Vaccination in Bombay 1856-1862 - 1856-1862
Year: 1856
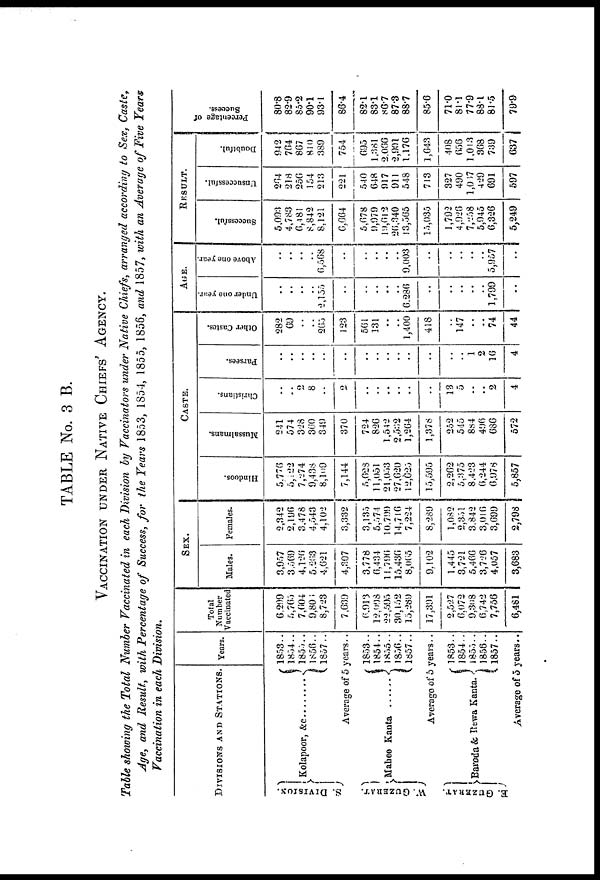
TABLE No. 3 B.
VACCINATION UNDER NATIVE CHIEFS' AGENCY.
Table showing the Total Number Vaccinated in each Division by Vaccinators under Native Chiefs, arranged according to Sex, Caste,
Age, and Result, with Percentage of Success, for the Years 1853, 1854, 1855, 1856, and 1857, with an Average of Five Years
Vaccination in each Division.
DIVISIONS AND STATIONS.
S. DIVISION.
W. GUZERAT.
E. GUZERAT.
Kolapoor,&c........
Years.
1853..
1854..
1855...
1856..
1857..
Average of 5 years..
Mahee kanta ......
1853..
1854..
1855..
1856..
1857..
Average of 5 years..
Baroda & Rewa Kanta.
1853..
1854..
1855..
1856..
1857..
Average of 5 years..
Total
Number
Vaccinated
6,299
5,765
7,604
9,806
8,723
7,639
6,913
12,008
22,595
30,152
15,289
17,391
2,527
6,072
9,308
6,742
7,756
6,481
SEX.
Males.
3,957
3,509
4,126
5,263
4,621
4,307
3,778
6,434
11,796
15,436
8,065
9,102
1,445
3,721
5,466
3,726
4,057
3,683
Female.
2,342
2,196
3,478
4,543
4,102
3,332
3,135
5,574
10,799
14,716
7,224
8,289
1,082
2,351
3,842
3,016
3,699
2,798
CASTE.
Hindoos.
5,776
5,122
7,274
9,438
8,109
7,144
5,628
11,051
21,053
27,620
12,625
15,595
2,262
5,375
8,423
6,244
6,978
5,857
Mussalmans.
241
574
328
360
349
370
724
826
1,542
2,532
1,264
1,378
252
545
884
496
686
572
Christians.
..
..
2
8
..
2
..
..
..
..
..
..
13
5
..
..
2
4
Parsees.
..
..
..
..
..
..
..
..
..
..
..
..
..
..
1
2
16
4
Other Castes.
282
69
..
..
265
123
561
131
..
..
1,400
418
..
147
..
..
74
44
AGE.
Under one year.
..
..
..
..
2,155
..
..
..
..
..
6,286
..
..
..
..
..
1,799
..
Above one year.
..
..
..
..
6,568
..
..
..
..
..
9,003
..
..
..
..
..
5,957
..
RESULT.
Successful.
5,093
4,783
6,181
8,842
8,121
6,664
5,678
9,979
19,612
26,340
13,565
15,035
1,792
4,926
7,258
5,945
6,326
5,249
Unsuccessful.
264
218
256
154
213
221
540
648
917
911
548
713
327
490
1,037
429
691
597
Doubtful.
942
764
867
810
389
754
695
1,381
2,066
2,901
1,176
1,643
408
656
1,013
368
739
637
Percentage of
Success.
80.8
82.9
85.2
90.1
93.1
86.4
82.1
83.1
86.7
87.3
88.7
85.6
71.0
81.1
77.9
88.1
81.5
79.9